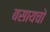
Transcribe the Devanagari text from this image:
बसायचो